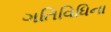
ગતિવિધિના